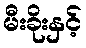
မီးခိုးနှင့်